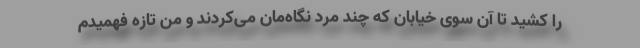
را کشید تا آن سوی خیابان که چند مرد نگاه‌مان می‌کردند و من تازه فهمیدم